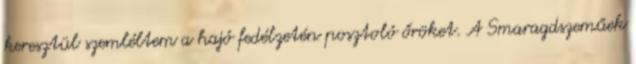
keresztül szemléltem a hajó fedélzetén posztoló őröket. A Smaragdszeműek